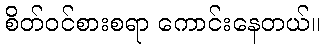
စိတ်ဝင်စားစရာ ကောင်းနေတယ်။